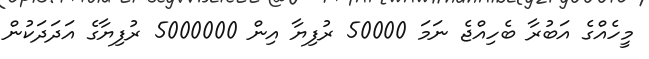
މީހެއްގެ އަބުރާ ބެހިއްޖެ ނަމަ 50000 ރުފިޔާ އިން 5000000 ރުފިޔާގެ އަދަދަކުން